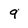
Character: 9